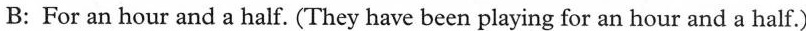
B:For an hour and a half. (They have been playing for an hour and a half.)